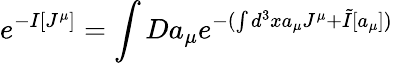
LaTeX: e^{-I[J^{\mu}]}=\int Da_{\mu}e^{-(\int d^{3}xa_{\mu}J^{\mu}+\tilde{I}[a_{\mu}])}